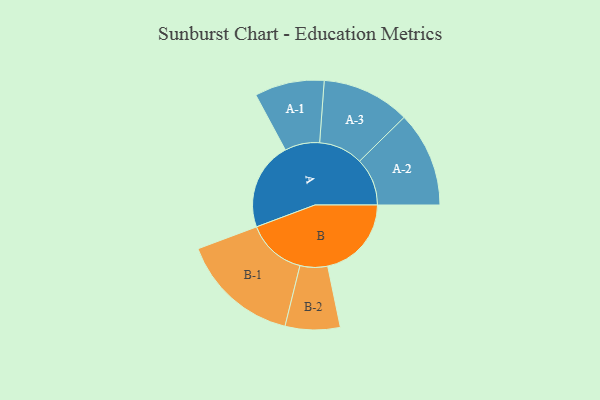
{"axis": {"x": "Segment", "y": "Value"}, "legend": ["", "A", "B"], "data": [{"x": "A", "y": 417, "type": ""}, {"x": "B", "y": 397, "type": ""}, {"x": "A-1", "y": 165, "type": "A"}, {"x": "A-2", "y": 226, "type": "A"}, {"x": "A-3", "y": 209, "type": "A"}, {"x": "B-1", "y": 282, "type": "B"}, {"x": "B-2", "y": 130, "type": "B"}]}